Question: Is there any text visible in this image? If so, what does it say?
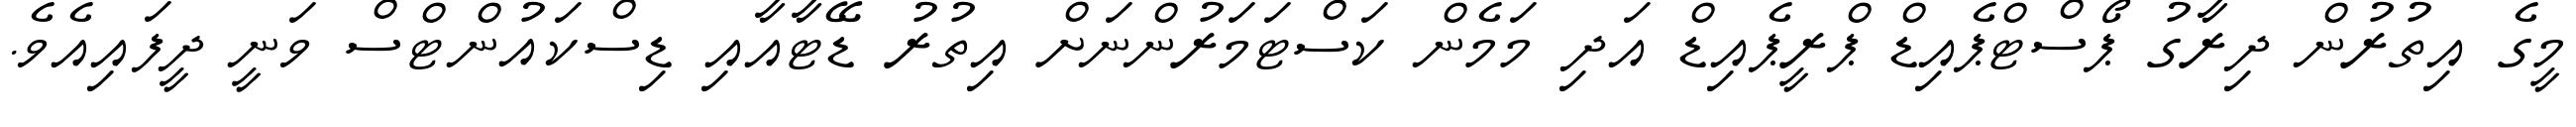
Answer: މީގެ އިތުރުން ދިރާގު ޕޯސްޓްޕެއިޑް ޕްރީޕެއިޑް އަދި މަމެން ކަސްޓަމަރުންނަށް އިތުރު ޑޭޓާއާއި ޑިސްކައުންޓްސް ވަނީ ދީފައިއެވެ.